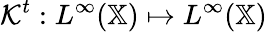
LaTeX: \mathcal{K}^{t}:L^{\infty}(\mathbb{X})\mapsto L^{\infty}(\mathbb{X})